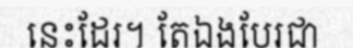
នេះដែរ។ តែឯងបែរជា